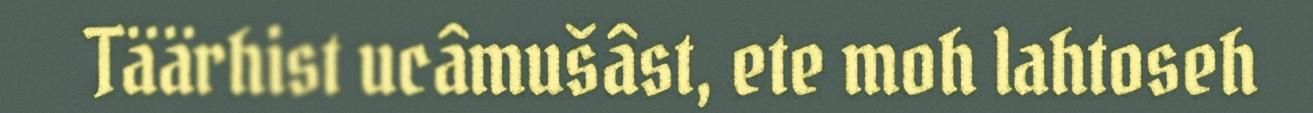
Täärhist ucâmušâst, ete moh lahtoseh